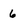
Character: 6